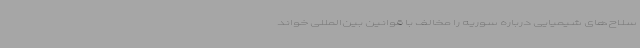
سلاح‌های شیمیایی درباره سوریه را مخالف با قوانین بین‌المللی خواند